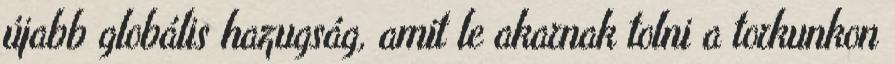
újabb globális hazugság, amit le akarnak tolni a torkunkon